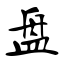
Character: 盘